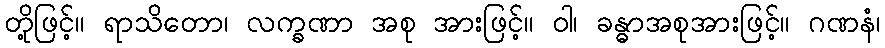
တို့ဖြင့်။ ရာသိတော၊ လက္ခဏာ အစု အားဖြင့်။ ဝါ၊ ခန္ဓာအစုအားဖြင့်။ ဂဏနံ၊